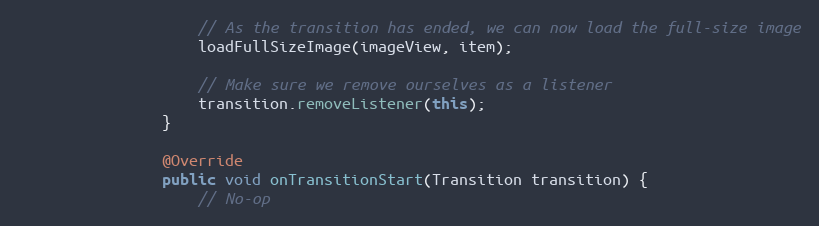
Language: Java
                    // As the transition has ended, we can now load the full-size image
                    loadFullSizeImage(imageView, item);

                    // Make sure we remove ourselves as a listener
                    transition.removeListener(this);
                }

                @Override
                public void onTransitionStart(Transition transition) {
                    // No-op